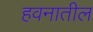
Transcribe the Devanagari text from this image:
हवनातील